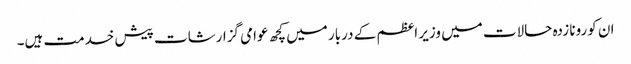
ان کورونا زدہ حالات میں وزیر اعظم کے دربار میں کچھ عوامی گزارشات پیش خدمت ہیں۔